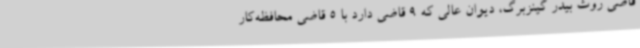
قاضی روث بیدر گینزبرگ، دیوان عالی که 9 قاضی دارد با 5 قاضی محافظه‌کار